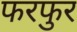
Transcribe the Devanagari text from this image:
फरफुर